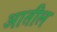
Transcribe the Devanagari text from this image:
अातील